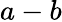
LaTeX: a-b